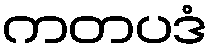
ကတပဒံ